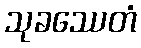
သုခဿေတံ